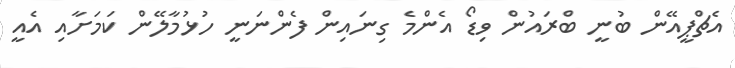
އެޗްޕީއޭން ބުނީ ބްރައުން ވިޑޯ އެންމެ ގިނައިން ފެންނަނީ ހުޅުމާލޭން ކަމަށާއި އެއީ